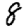
Digit: 8